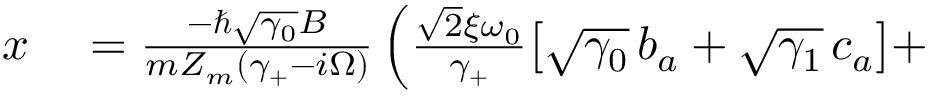
\begin{array} { r l } { x } & { { } = \frac { - \hslash \sqrt { \gamma _ { 0 } } B } { m Z _ { m } ( \gamma _ { + } - i \Omega ) } \left( \frac { \sqrt 2 \xi \omega _ { 0 } } { \gamma _ { + } } \big [ \sqrt { \gamma _ { 0 } } \, b _ { a } + \sqrt { \gamma _ { 1 } } \, c _ { a } \big ] + \right. } \end{array}